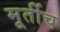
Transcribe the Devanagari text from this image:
मूर्तीच